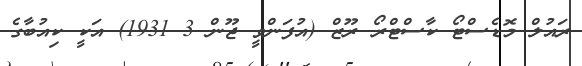
ރައުލް މޮޑެސްޓޯ ކާސްޓްރޯ ރޫޒް (އުފަންވީ ޖޫން 3 1931) އަކީ ކިއުބާގެ